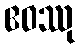
ဧဝဿု